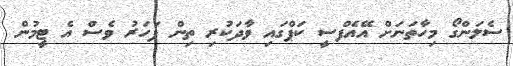
ސެލަންގޯ މިހާތަނަށް އޭއެފްސީ ކަޕްގައި ވާދަކުރި ތިން ފަހަރު ވެސް އެ ޓީމުން